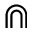
\Cap